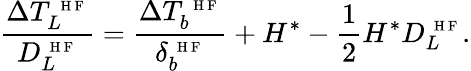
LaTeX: \frac{\Delta T_{L}^{\mathrm{~\scriptsize~H~F~}}}{D_{L}^{\mathrm{~\scriptsize~H~F~}}}=\frac{\Delta T_{b}^{\mathrm{~\scriptsize~H~F~}}}{\delta_{b}^{\mathrm{~\scriptsize~H~F~}}}+H^{*}-\frac{1}{2}H^{*}D_{L}^{\mathrm{~\scriptsize~H~F~}}.